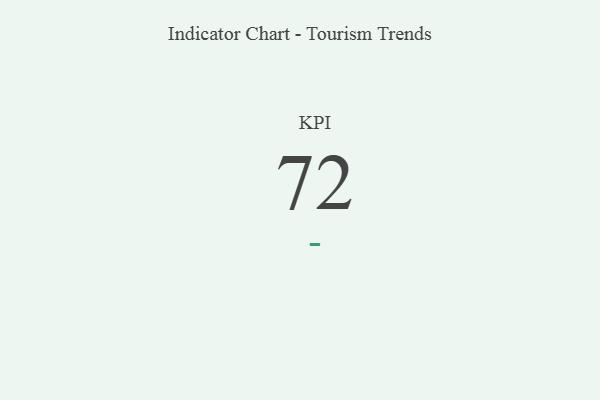
{"axis": {"x": "KPI", "y": "Value"}, "legend": [""], "data": [{"x": "KPI", "y": 72, "type": ""}]}